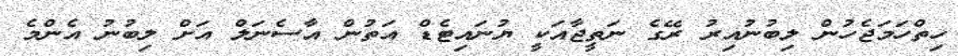
ހިތްހަމަޖެހުން ލިބުނުއިރު ރޭގެ ނަތީޖާއަކީ ޔުނައިޓެޑް އަތުން އާސެނަލް އަށް ލިބުނު އެންމެ